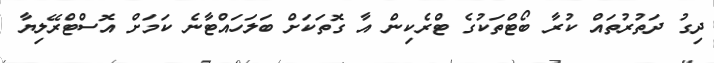
ދިގު ދަތުރުތައް ކުރާ ބޯޓްތަކުގެ ޓްރެކިން އާ ގޮތަކަށް ބަލަހައްޓާނެ ކަމަށް އޮސްޓްރޭލިޔާ